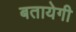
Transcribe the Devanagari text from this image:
बतायेगी